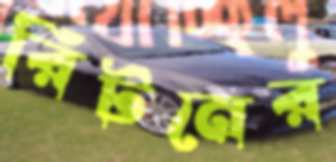
রিটনের